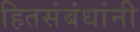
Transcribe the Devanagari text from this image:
हितसंबंधांनी